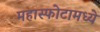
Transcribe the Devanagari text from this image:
महास्फोटामध्ये